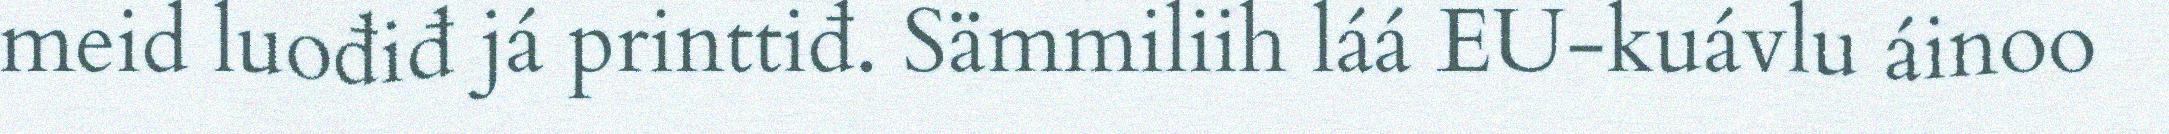
meid luođiđ já printtiđ. Sämmiliih láá EU-kuávlu áinoo